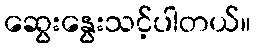
ဆွေးနွေးသင့်ပါတယ်။